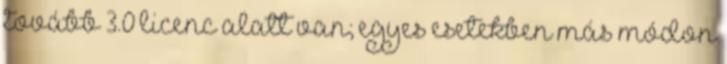
tovább 3.0 licenc alatt van; egyes esetekben más módon